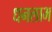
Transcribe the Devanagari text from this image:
धनलाभ